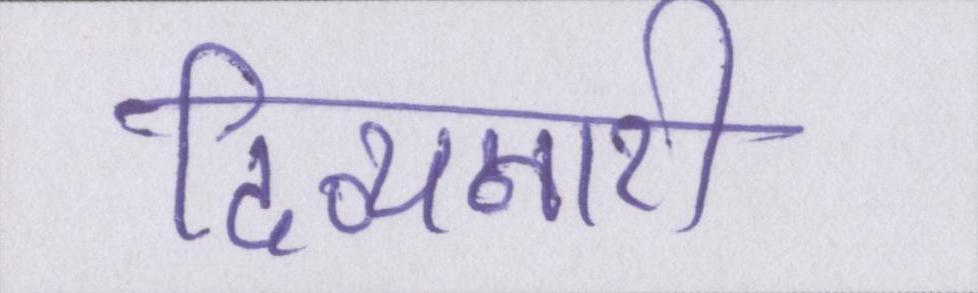
दिव्यनारी